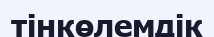
тінкөлемдік